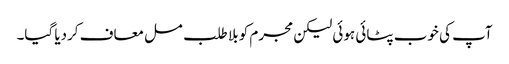
آپ کی خوب پٹائی ہوئی لیکن مجرم کو بلا طلب مسل معاف کردیا گیا۔